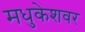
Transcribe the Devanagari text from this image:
मधुकेशवर